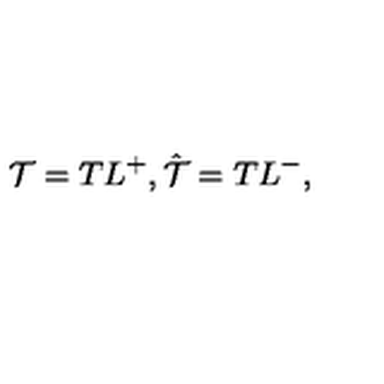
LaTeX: { \cal T } = T L ^ { + } , \hat { \cal T } = T L ^ { - } ,